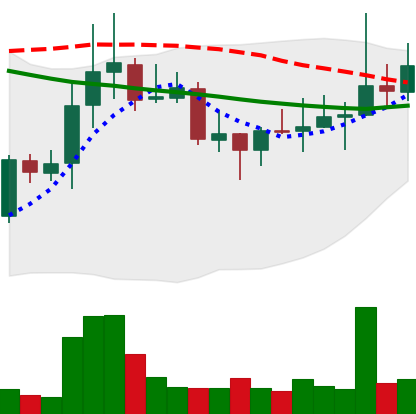
Ticker: DOGE-USD
Chart end date: 2021-10-20
Forward return: 4.177%
Label: up_3_5